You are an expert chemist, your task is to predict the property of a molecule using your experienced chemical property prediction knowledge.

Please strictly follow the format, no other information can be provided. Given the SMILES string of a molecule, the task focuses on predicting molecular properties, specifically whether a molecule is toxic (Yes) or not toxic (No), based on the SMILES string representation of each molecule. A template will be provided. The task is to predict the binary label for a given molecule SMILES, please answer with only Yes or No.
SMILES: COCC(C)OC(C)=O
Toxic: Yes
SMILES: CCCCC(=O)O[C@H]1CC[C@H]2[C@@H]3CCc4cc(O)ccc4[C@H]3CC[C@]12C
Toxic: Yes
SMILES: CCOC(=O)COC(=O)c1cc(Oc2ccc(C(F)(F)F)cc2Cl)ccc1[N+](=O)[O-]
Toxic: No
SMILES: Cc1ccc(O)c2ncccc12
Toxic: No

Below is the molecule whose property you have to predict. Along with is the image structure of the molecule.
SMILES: CC1(C)[C@@H]2CC[C@@]1(C)[C@H](OC(=O)CSC#N)C2
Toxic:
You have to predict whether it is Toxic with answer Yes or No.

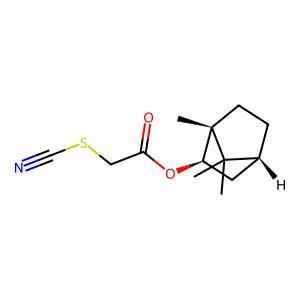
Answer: No